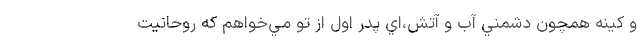
و كينه همچون دشمني آب و آتش،‌اي پدر اول از تو مي‌خواهم كه روحانيت